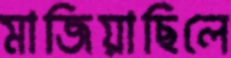
মাজিয়াছিলে